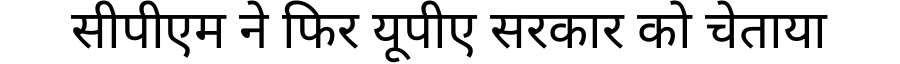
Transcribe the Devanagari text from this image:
सीपीएम ने फिर यूपीए सरकार को चेताया